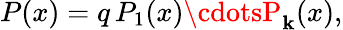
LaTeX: P(x)=q\, P_{1}(x)\cdotsP_{\mathbf{k}}(x),